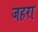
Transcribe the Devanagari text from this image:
जहरा